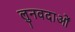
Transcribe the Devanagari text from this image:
लुनवदाओं